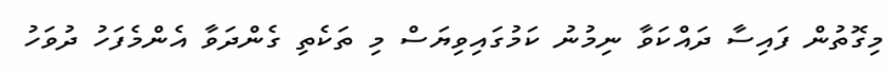
މިގޮތުން ފައިސާ ދައްކަވާ ނިމުނު ކަމުގައިވިޔަސް މި ތަކެތި ގެންދަވާ އެންމެފަހު ދުވަހު